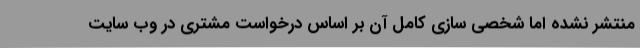
منتشر نشده اما شخصی سازی کامل آن بر اساس درخواست مشتری در وب سایت